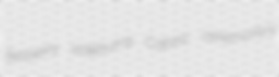
fenberry sideburns Cabiric ceremony's